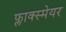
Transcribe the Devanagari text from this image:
फ्लाक्स्मेयर